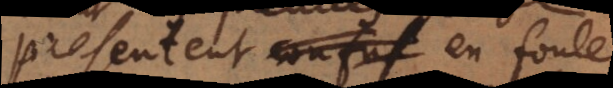
presentent confus en foule